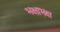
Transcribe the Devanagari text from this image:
भक्षाभक्ष